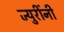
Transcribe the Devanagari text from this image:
ज्युरींनी